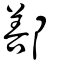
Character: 鄯